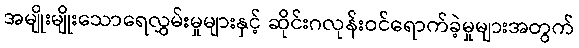
အမျိုးမျိုးသောရေလွှမ်းမှုများနှင့် ဆိုင်းဂလုန်းဝင်ရောက်ခဲ့မှုများအတွက်